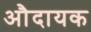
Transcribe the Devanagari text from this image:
औदायक